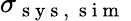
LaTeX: \sigma_{\mathrm{~s~y~s~,~\mathrm{~s~i~m~}~}}